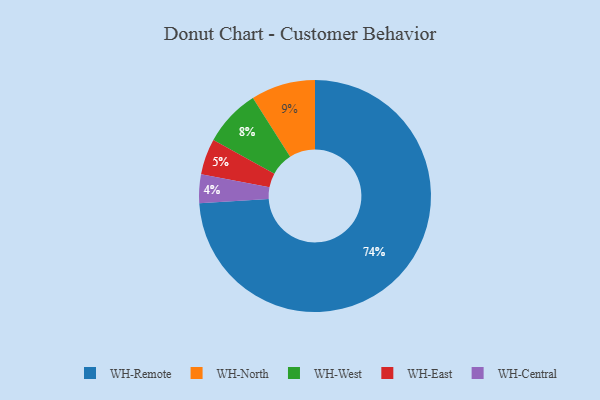
{"axis": {"x": "Category", "y": "Percentage"}, "legend": ["WH-Central", "WH-East", "WH-North", "WH-Remote", "WH-West"], "data": [{"x": "WH-East", "y": 5, "type": "WH-East"}, {"x": "WH-North", "y": 9, "type": "WH-North"}, {"x": "WH-West", "y": 8, "type": "WH-West"}, {"x": "WH-Central", "y": 4, "type": "WH-Central"}, {"x": "WH-Remote", "y": 74, "type": "WH-Remote"}]}